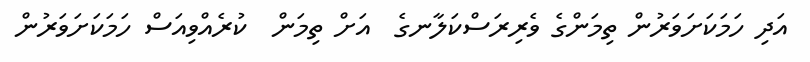
އަދި ހަމަކަށަވަރުން ތިމަންގެ ވެރިރަސްކަލާނގެ  އަށް ތިމަން  ކުރެއްވިއަސް ހަމަކަށަވަރުން